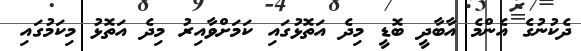
ދެކުނުގެ އެންމެ އާބާދީ ބޮޑީ މިދެ އަތޮޅުގައި ކަމަށްވާއިރު މިދެ އަތޮޅު މިކަމުގައި